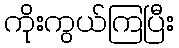
ကိုးကွယ်ကြပြီး